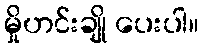
မှိုဟင်းချို ပေးပါ။